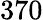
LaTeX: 370